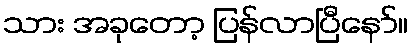
သား အခုတော့ ပြန်လာပြီနော်။